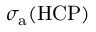
\sigma _ { \mathrm { { a } } } ( \mathrm { { H C P } ) }